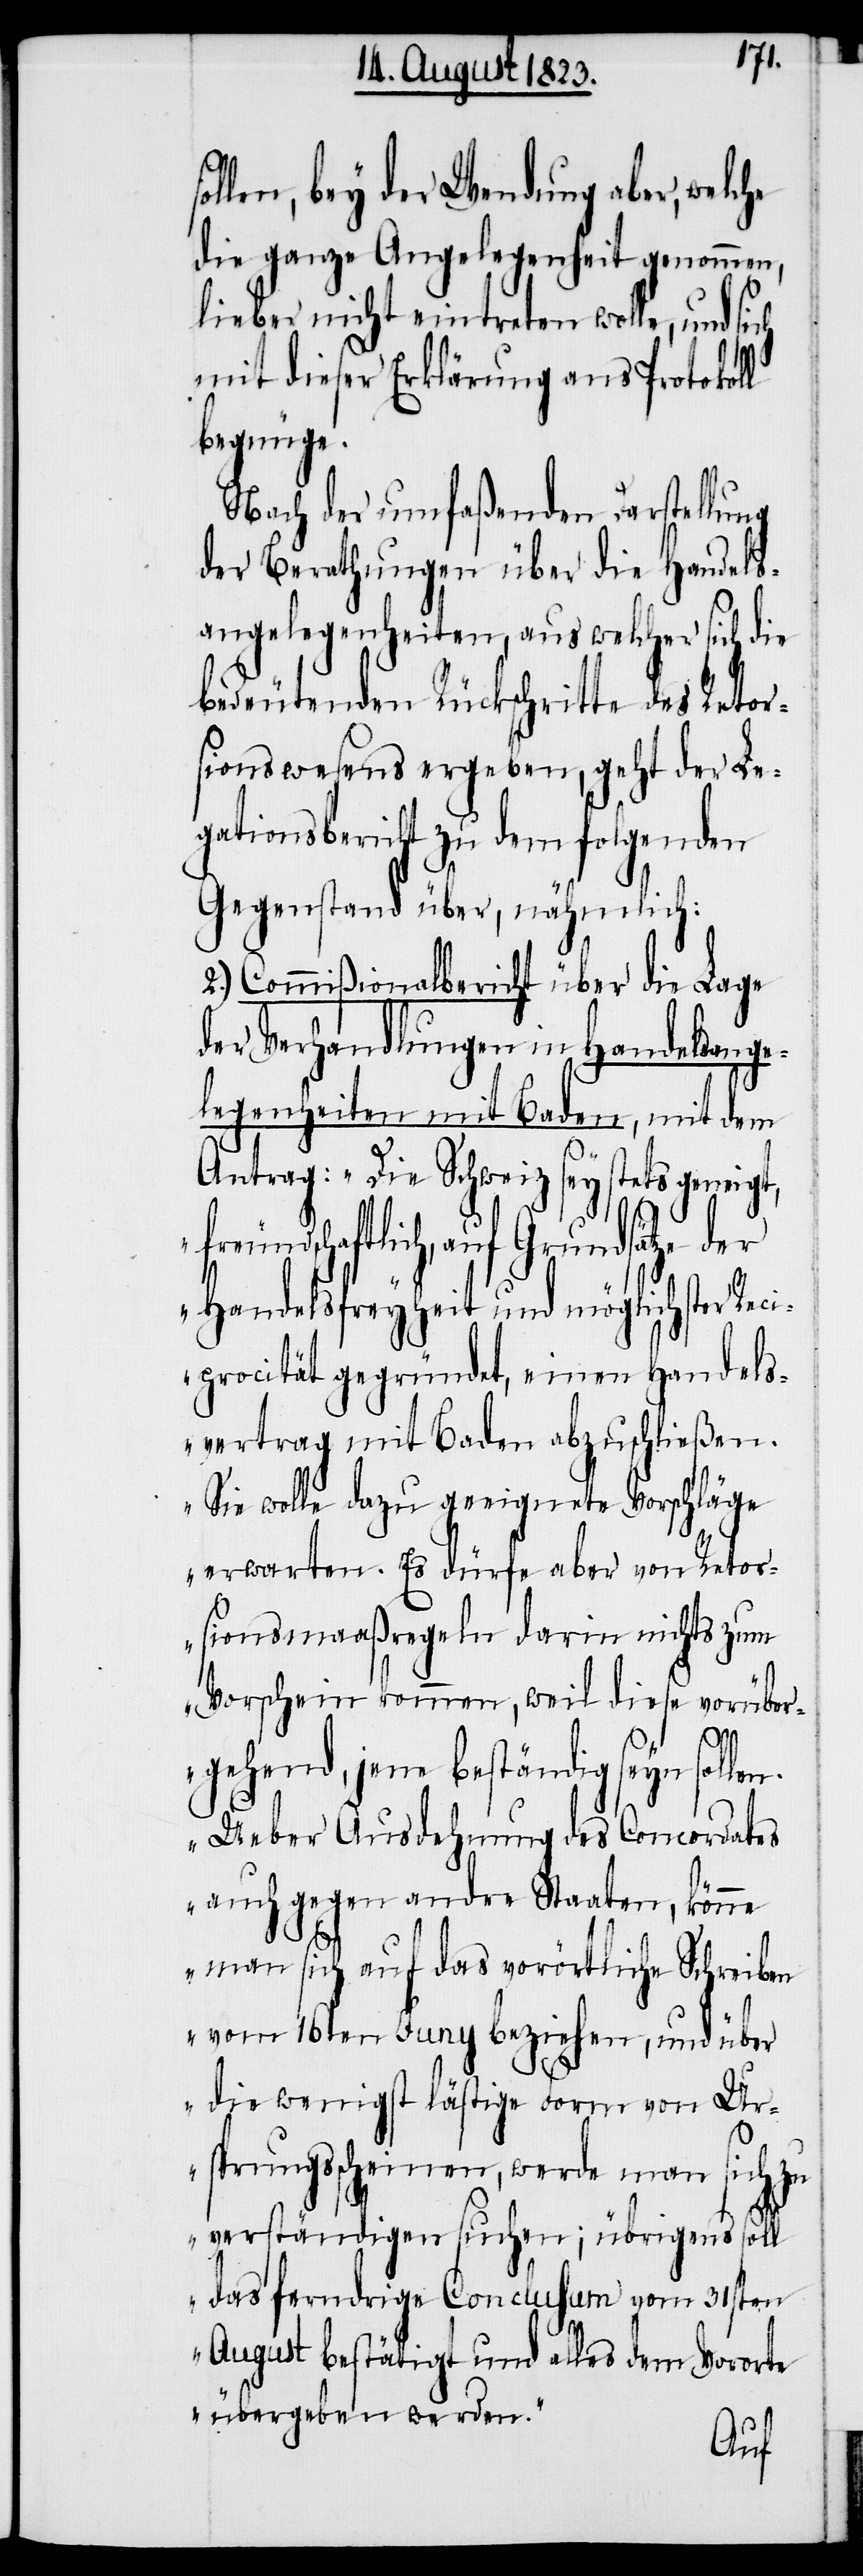
ollen, bey der Wendung aber, welche
die ganze Angelegenheit genommen,
lieber nicht eintreten wolle, und
mit dieser Erklärung ans Protokoll
begnüge.
Nach der umfaßenden Darstellung
der Berathungen über die Handels¬
angelegenheiten, aus welcher sich die
bedeutenden Rückschritte des Retor¬
sionswesens ergeben, geht der Le¬
gationsbericht zu dem folgenden
Gegenstand über, nähmlich:
2.) Commißionalbericht über die Lage
der Verhandlungen in Handelsange¬
legenheiten mit Baden, mit dem
Antrag: „Die Schweiz sey stets geneigt,
freundschaftlich, auf Grundsätze der
Handelsfreyheit und möglichster Reci¬
procität gegründet, einen Handels¬
vertrag mit Baden abzuschließen.
Sie wolle dazu geeignete Vorschläge
erwarten. Es dürfe aber von Retor¬
sionsmaaßregeln darin nichts zum
Vorschein kommen, weil diese vorüber¬
sich
gehend, jene beständig seyn sollen.
Ueber Ausdehnung des Concordates
auch gegen andre Staaten, könne
man sich auf das vorörtliche Schreiben
vom 16ten Juny beziehen, und über
die wenigst lästige Form von Ur¬
sprungsscheinen, werde man sich zu
verständigen suchen; übrigens soll
das ferndrige Conclusum vom 31sten
August bestätigt und alles dem Vororte
übergeben werden.“